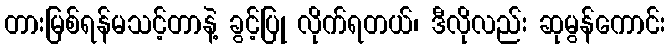
တားမြစ်ရန်မသင့်တာနဲ့ ခွင့်ပြု လိုက်ရတယ်၊ ဒီလိုလည်း ဆုမွန်ကောင်း